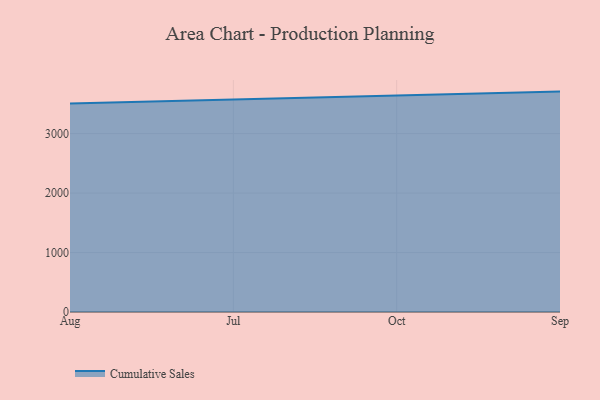
{"axis": {"x": "Month", "y": "Website Visitors"}, "legend": ["Cumulative Sales"], "data": [{"x": "Aug", "y": 3506.1, "type": "Cumulative Sales"}, {"x": "Jul", "y": 3574.2, "type": "Cumulative Sales"}, {"x": "Oct", "y": 3641.1, "type": "Cumulative Sales"}, {"x": "Sep", "y": 3706.0, "type": "Cumulative Sales"}]}